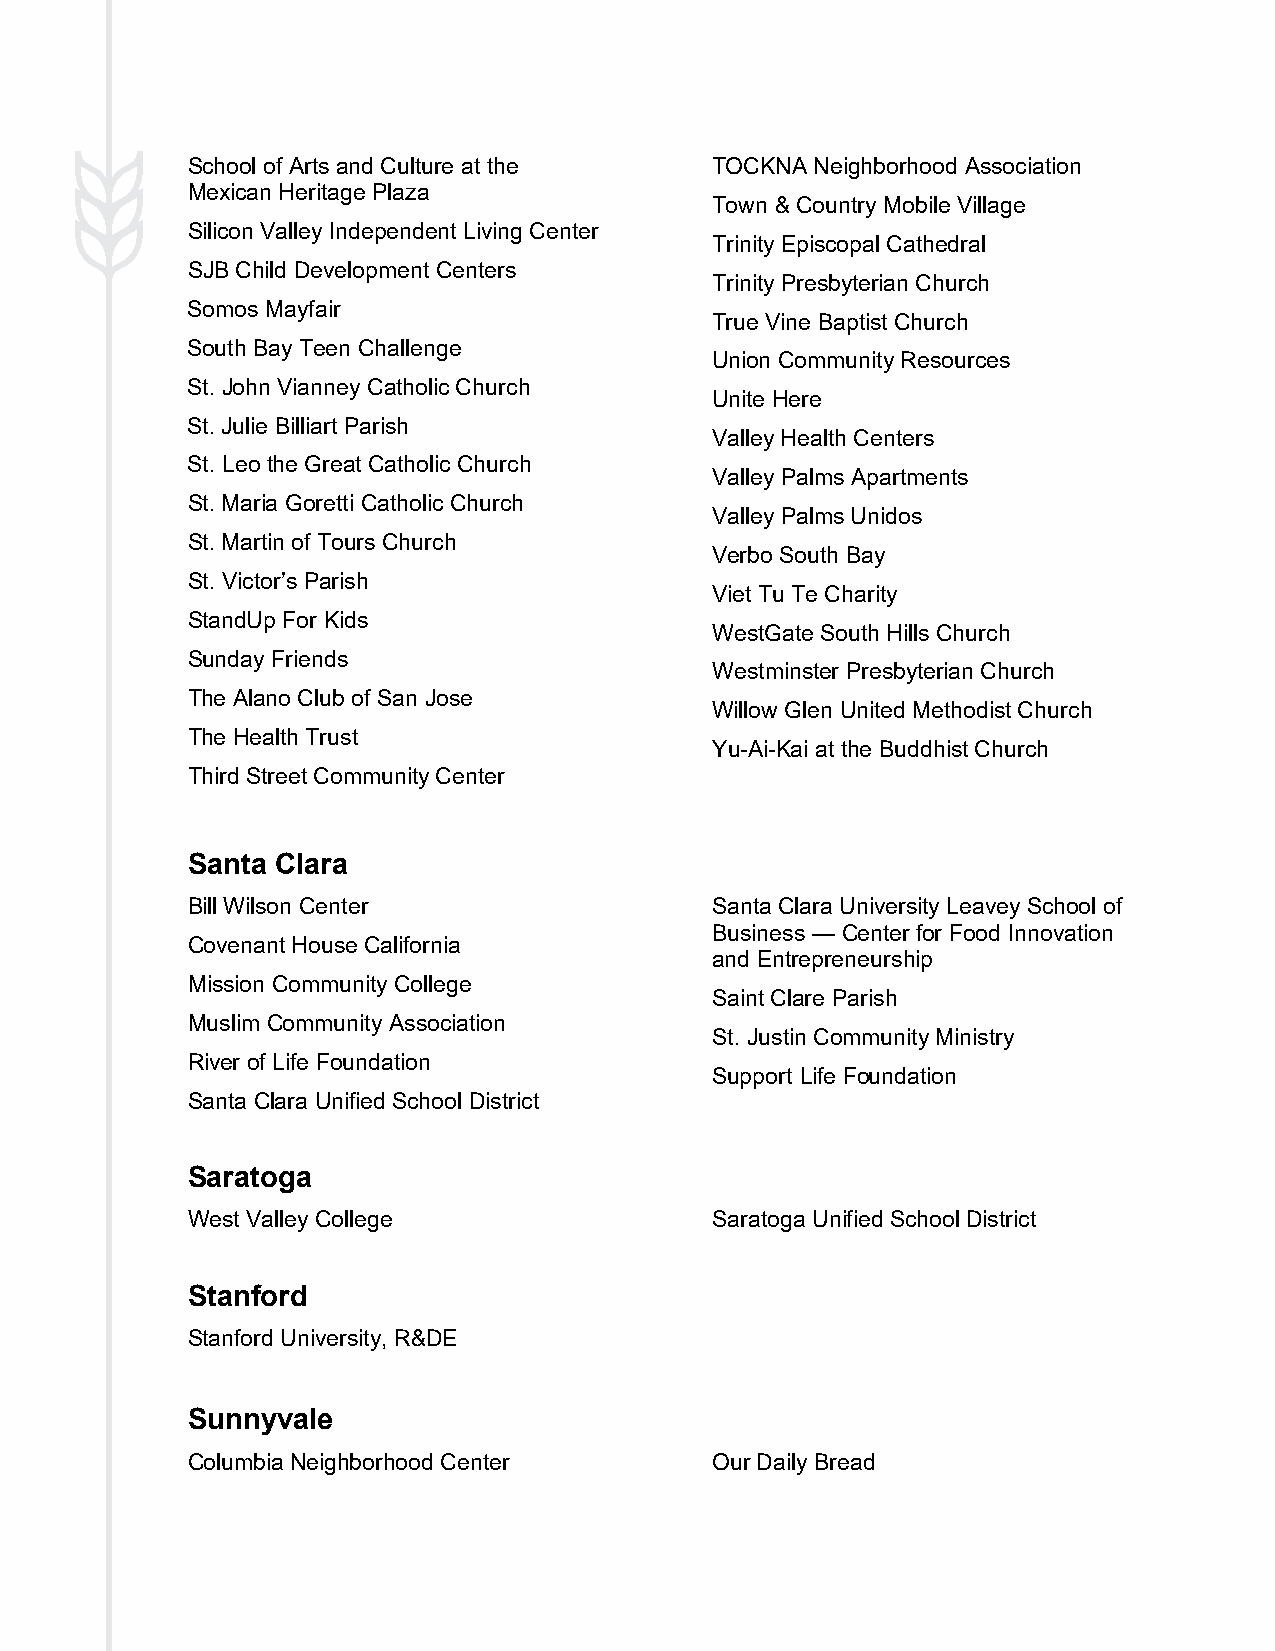
School of Arts and Culture at the  TOCKNA Neighborhood Association
 Mexican Heritage Plaza
 Town & Country Mobile Village
 Silicon Valley Independent Living Center
 Trinity Episcopal Cathedral
 SJB Child Development Centers
 Trinity Presbyterian Church
 Somos Mayfair
 True Vine Baptist Church
 South Bay Teen Challenge
 Union Community Resources
 St. John Vianney Catholic Church
 Unite Here
 St. Julie Billiart Parish
 Valley Health Centers
 St. Leo the Great Catholic Church
 Valley Palms Apartments
 St. Maria Goretti Catholic Church
 Valley Palms Unidos
 St. Martin of Tours Church
 Verbo South Bay
 St. Victor’s Parish
 Viet Tu Te Charity
 StandUp For Kids
 WestGate South Hills Church
 Sunday Friends
 Westminster Presbyterian Church
 The Alano Club of San Jose
 Willow Glen United Methodist Church
 The Health Trust
 Yu-Ai-Kai at the Buddhist Church
 Third Street Community Center
 Santa Clara
 Bill Wilson Center                 Santa Clara University Leavey School of
 Business — Center for Food Innovation
 Covenant House California
 and Entrepreneurship
 Mission Community College
 Saint Clare Parish
 Muslim Community Association
 St. Justin Community Ministry
 River of Life Foundation
 Support Life Foundation
 Santa Clara Unified School District
 Saratoga
 West Valley College                Saratoga Unified School District
 Stanford
 Stanford University, R&DE
 Sunnyvale
 Columbia Neighborhood Center       Our Daily Bread